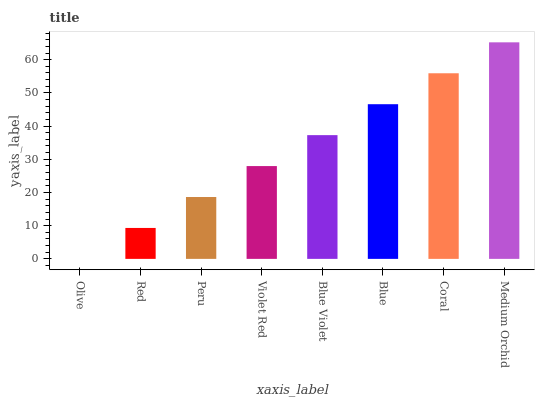
| xaxis_label | bars |
 | --- | --- |
 | Olive | 0 |
 | Red | 9.32 |
 | Peru | 18.6 |
 | Violet Red | 28 |
 | Blue Violet | 37.3 |
 | Blue | 46.6 |
 | Coral | 55.9 |
 | Medium Orchid | 65.2 |